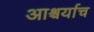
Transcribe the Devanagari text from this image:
आश्चर्याच